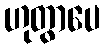
ဟုတွာပေ